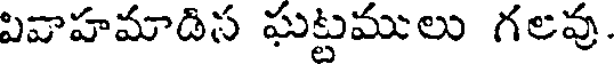
వివాహమాడిస ఘట్టములు గలవు.